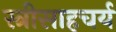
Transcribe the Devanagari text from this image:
स्त्रीसाहचर्य